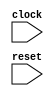
module cpu(clock, reset);
	input clock;
	input reset;

	reg [31:0] pc;
	wire [31:0] next_pc;

	always @(posedge clock) begin
		if (reset) begin
			pc <= 32'd0;
		end else begin
			pc <= next_pc;
		end
	end

	wire [15:0] inst;
	pmem pmem(.addr(pc), .data(inst));

	wire [4:0] Rm, Rs, Rd;
	wire [31:0] Rm_data, Rs_data, immediate;
	wire [31:0] new_value;
	wire is_immediate;
	wire [9:0] alu_op;
	wire is_jmp, jmp_if_zero, jmp_absolute;

	decoder decoder(
		.inst(inst),
		.Rm(Rm), .Rs(Rs), .Rd(Rd), .immediate(immediate),
		.is_immediate(is_immediate), .alu_op(alu_op), // alu_ctl
		.is_jmp(is_jmp), .jmp_if_zero(jmp_if_zero), .jmp_absolute(jmp_absolute) // jmp_ctl
	);

	regs regs(
		.clock(clock), .reset(reset),
		.Rm(Rm), .Rs(Rs), .Rd(Rd),
		.Rm_data(Rm_data), .Rs_data(Rs_data), .Rd_data(new_value)
	);

	wire [31:0] alu_in2 = is_immediate ? immediate : Rs_data;
	wire [31:0] alu_answer;
	wire alu_is_zero;

	alu alu(
		.in1(Rm_data), .in2(alu_in2), .op(alu_op), .answer(alu_answer), .is_zero(alu_is_zero)
	);

	wire [31:0] jmp_base = jmp_absolute ? Rm_data : pc;
	wire [31:0] jmp_target_raw = jmp_base + immediate;
	wire [31:0] jmp_target = {jmp_target_raw[31:1], 1'b0};
	wire [31:0] pc_next_inst = pc + 32'd2;

	wire jmp_taken = is_jmp & (alu_is_zero ^ ~jmp_if_zero);
	assign next_pc = jmp_taken ? jmp_target : pc_next_inst;

	assign new_value = is_jmp ? pc_next_inst : alu_answer;

endmodule

module pmem(addr, data);
	input[31:0] addr;
	output[15:0] data;

	reg [15:0] mem[0:1023];

	assign data = mem[addr[10:1]];

endmodule

module decoder(inst, Rm, Rs, Rd, immediate, is_immediate, alu_op, is_jmp, jmp_if_zero, jmp_absolute);
	input [15:0] inst;
	output [4:0] Rm, Rs, Rd;
	output [31:0] immediate;
	output is_immediate;
	output [9:0] alu_op; // (LSB) + - & | ^ << >> >>> < LTU (MSB)
	output is_jmp, jmp_if_zero, jmp_absolute;

	wire [4:0] Rd_normal = inst[11:7];
	wire [4:0] Rm_normal = inst[6:2];
	wire [4:0] Rd_prime = {2'b0, inst[9:7]} + 5'd8;
	wire [4:0] Rm_prime = {2'b0, inst[4:2]} + 5'd8;
	wire [31:0] n6 = {{27{inst[12]}}, inst[6:2]};
	wire [31:0] n18 = {{15{inst[12]}}, inst[6:2], 12'b0}; // c.lui
	wire [31:0] u10 = {22'b0, inst[10:7], inst[12:11], inst[5], inst[6], 2'b0}; // c.addi4spn
	wire [31:0] n10 = {{23{inst[12]}}, inst[4:3], inst[5], inst[2], inst[6], 4'b0}; // c.addi16sp
	wire [31:0] n9 = {{24{inst[12]}}, inst[6:5], inst[2], inst[11:10], inst[4:3], 1'b0}; // c.beqz c.bnez
	wire [31:0] n12_c = {{21{inst[12]}}, inst[8], inst[10:9], inst[6], inst[7], inst[2], inst[11], inst[5:3], 1'b0}; // c.j c.jal

	wire c_li = inst[15:13] == 3'b010 && inst[1:0] == 2'b01;
	wire c_lui = inst[15:13] == 3'b011 && inst[1:0] == 2'b01;
	wire c_mv = inst[15:12] == 4'b1000 && inst[1:0] == 2'b10;
	wire c_addi = inst[15:13] == 3'b000 && inst[1:0] == 2'b01;
	wire c_slli = inst[15:12] == 4'b0000 && inst[1:0] == 2'b10;
	wire c_add = inst[15:12] == 4'b1001 && inst[1:0] == 2'b10;
	wire c_other_calc = inst[15:13] == 3'b100 && inst[1:0] == 2'b01 && (inst[12] == 1'b0 || inst[11:10] == 2'b10);
	wire c_other_calc_use_n6 = c_other_calc && inst[11:10] != 2'b11;
	wire c_other_calc_use_Rm = c_other_calc && inst[11:10] == 2'b11;
	wire c_addi4spn = inst[15:13] == 3'b000 && inst[1:0] == 2'b00;
	wire c_addi16sp = inst[15:13] == 3'b011 && inst[11:7] == 5'b00010 && inst[1:0] == 2'b01;

	wire c_beqz = inst[15:13] == 3'b110 && inst[1:0] == 2'b01;
	wire c_bnez = inst[15:13] == 3'b111 && inst[1:0] == 2'b01;
	wire c_j = inst[15:13] == 3'b101 && inst[1:0] == 2'b01;
	wire c_jr = inst[15:12] == 4'b1000 && inst[6:0] == 7'b0000010;
	wire c_jal = inst[15:13] == 3'b001 && inst[1:0] == 2'b01;
	wire c_jalr = inst[15:12] == 4'b1001 && inst[6:0] == 7'b0000010;

	wire [9:0] c_other_calc_op_11 =
		inst[6:5] == 2'b00 ? 10'b0000000010 : // c.sub
		inst[6:5] == 2'b01 ? 10'b0000010000 : // c.xor
		inst[6:5] == 2'b10 ? 10'b0000001000 : // c.or
		10'b0000000100; // c.and

	wire [9:0] c_other_calc_op =
		inst[11:10] == 2'b00 ? 10'b0001000000 : // c.srli
		inst[11:10] == 2'b01 ? 10'b0010000000 : // c.srai
		inst[11:10] == 2'b10 ? 10'b0000000100 : // c.andi
		c_other_calc_op_11;

	assign Rm =
		c_addi4spn || c_addi16sp ? 5'd2 :
		c_li || c_lui ? 5'd0 :
		c_beqz || c_bnez ? Rd_prime :
		c_j || c_jal ? 5'd0 :
		c_jr || c_jalr ? Rd_normal :
		c_mv ? Rm_normal :
		c_addi || c_slli || c_add ? Rd_normal :
		c_other_calc ? Rd_prime :
		5'd0;

	assign Rs =
		c_beqz || c_bnez ? 5'd0 :
		c_mv ? 5'd0 :
		c_add ? Rm_normal :
		c_other_calc_use_Rm ? Rm_prime :
		5'd0;

	assign Rd =
		c_addi4spn ? Rm_prime :
		c_addi16sp ? 5'd2 :
		c_beqz || c_bnez || c_j || c_jr ? 5'd0 :
		c_jal || c_jalr ? 5'd1 :
		c_li || c_lui || c_mv || c_addi || c_slli || c_add ? Rd_normal :
		c_other_calc ? Rd_prime :
		5'd0;

	assign immediate =
		c_addi4spn ? u10 :
		c_addi16sp ? n10 :
		c_beqz || c_bnez ? n9 :
		c_j || c_jal ? n12_c :
		c_jr || c_jalr ? 32'd0 :
		c_li || c_addi || c_slli || c_other_calc_use_n6 ? n6 :
		c_lui ? n18 :
		32'd0;

	assign is_immediate =
		c_li || c_lui || c_addi || c_slli || c_other_calc_use_n6 || c_addi4spn || c_addi16sp;

	assign alu_op =
		c_beqz || c_bnez ? 10'b0000000001 :
		c_j || c_jal || c_jr || c_jalr ? 10'b0000000000 :
		c_li || c_lui || c_mv || c_addi || c_add || c_addi4spn || c_addi16sp ? 10'b0000000001 :
		c_slli ? 10'b0000100000 :
		c_other_calc ? c_other_calc_op :
		10'd0;

	assign is_jmp =
		c_beqz || c_bnez || c_j || c_jr || c_jal || c_jalr;

	assign jmp_if_zero =
		c_beqz || c_j || c_jr || c_jal || c_jalr;

	assign jmp_absolute =
		c_jr || c_jalr;

endmodule

module regs(clock, reset, Rm, Rs, Rd, Rm_data, Rs_data, Rd_data);
	input clock, reset;
	input[4:0] Rm, Rs, Rd;
	output[31:0] Rm_data, Rs_data;
	input[31:0] Rd_data;

	reg [31:0] regs[0:31];

	assign Rm_data = Rm == 5'd0 ? 32'd0 : regs[Rm];
	assign Rs_data = Rs == 5'd0 ? 32'd0 : regs[Rs];

	integer i;
	always @(posedge clock) begin
		if (reset) begin
			for (i = 0; i < 32; i = i + 1) begin
				regs[i] <= 32'd0;
			end
		end else begin
			if (Rd != 5'd0) begin
				regs[Rd] <= Rd_data;
			end
		end
	end

endmodule

module alu(in1, in2, op, answer, is_zero);
	input [31:0] in1, in2;
	input [9:0] op;
	output [31:0] answer;
	output is_zero;

	wire signed [31:0] in1_signed = $signed(in1);
	wire signed [31:0] in2_signed = $signed(in2);

	wire [31:0] shamt = {27'd0, in2[4:0]};
	// >>> operator didn't work for some reason
	wire [63:0] arith_shift = {{32{in1[31]}}, in1} >> {32'd0, shamt};

	assign answer =
		op[0] ? in1 + in2 :
		op[1] ? in1 - in2 :
		op[2] ? in1 & in2 :
		op[3] ? in1 | in2 :
		op[4] ? in1 ^ in2 :
		op[5] ? in1 << shamt :
		op[6] ? in1 >> shamt :
		op[7] ? arith_shift[31:0] :
		op[8] ? (in1_signed < in2_signed ? 32'd1 : 32'd0):
		op[9] ? (in1 < in2 ? 32'd1 : 32'd0) :
		32'd0;

	assign is_zero = answer == 32'd0;

endmodule